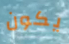
يكون